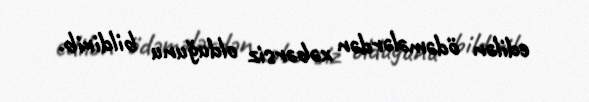
edilən ödəmələrdən xəbərsiz olduğunu bildirib.